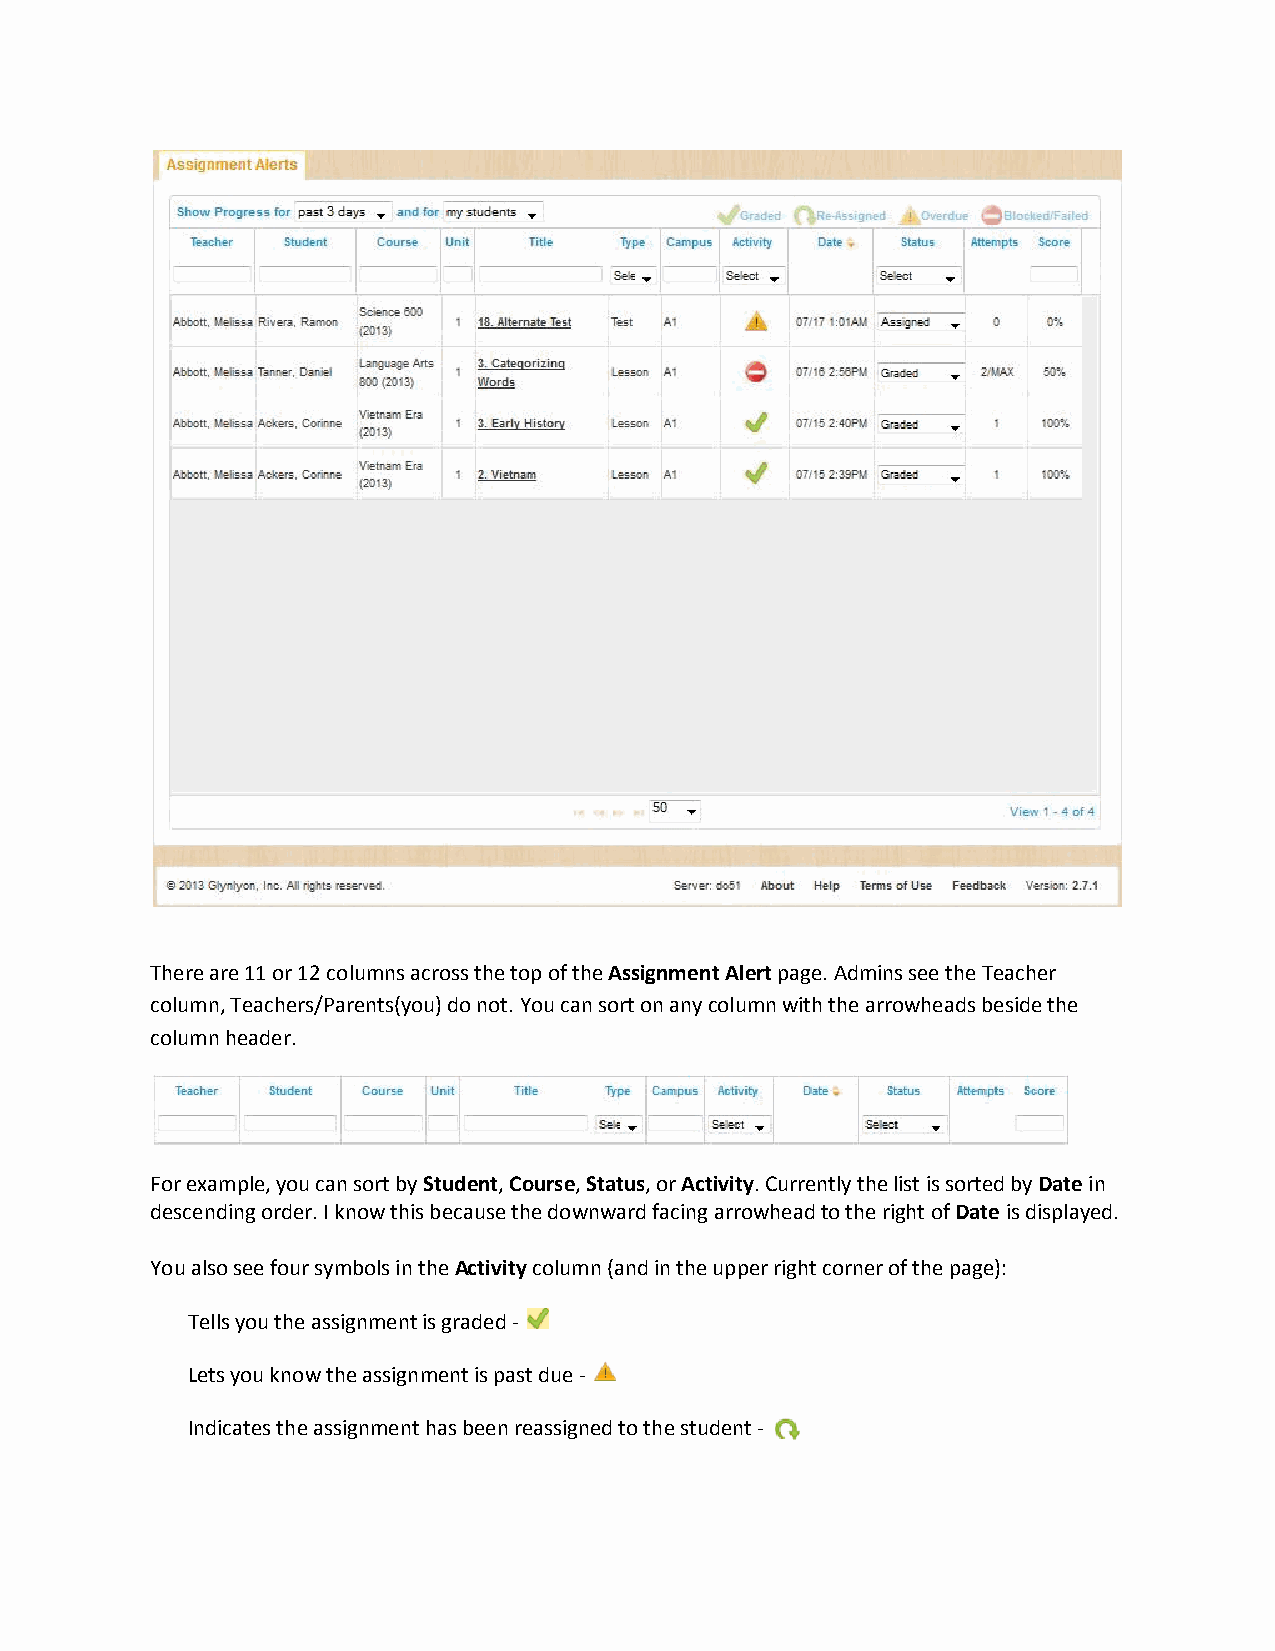
There are 11 or 12 columns across the top of the Assignment Alert page. Admins see the Teacher
 column, Teachers/Parents(you) do not. You can sort on any column with the arrowheads beside the
 column header.
 For example, you can sort by Student, Course, Status, or Activity. Currently the list is sorted by Date in
 descending order. I know this because the downward facing arrowhead to the right of Date is displayed.
 You also see four symbols in the Activity column (and in the upper right corner of the page):
 Tells you the assignment is graded -
 Lets you know the assignment is past due -
 Indicates the assignment has been reassigned to the student -